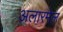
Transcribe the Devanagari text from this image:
अलारमेल